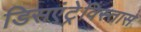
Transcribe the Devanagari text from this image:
डिसएंट्रेविस्तास